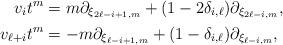
LaTeX: \begin{align*}v_it^m & = m \partial_{\xi_{2\ell-i+1,m}}+(1-2\delta_{i,\ell})\partial_{\xi_{2\ell-i,m}}, \\v_{\ell + i}t^m & = -m \partial_{\xi_{\ell-i+1,m}}+(1-\delta_{i,\ell})\partial_{\xi_{\ell-i,m}},\end{align*}